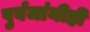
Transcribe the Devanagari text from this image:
पुर्वजांनीही